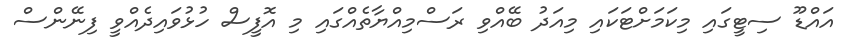
އައްޑޫ ސިޓީގައި މިކަމަށްޓަކައި މިއަދު ބޭއްވި ރަސްމިއްޔާތެއްގައި މި އޮފީސް ހުޅުވައިދެއްވީ ފިނޭންސް